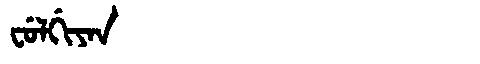
Manchu: ᠸᡠᠯᡤᡳᠶᠠᠨ
Romanization: FULGIYAN